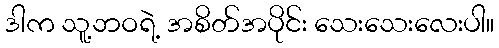
ဒါက သူ့ဘဝရဲ့ အစိတ်အပိုင်း သေးသေးလေးပါ။